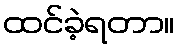
ထင်ခဲ့ရတာ။